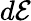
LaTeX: d\mathcal{E}